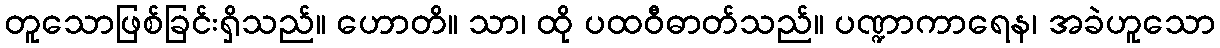
တူသောဖြစ်ခြင်းရှိသည်။ ဟောတိ။ သာ၊ ထို ပထဝီဓာတ်သည်။ ပဏ္ဍာကာရေန၊ အခဲဟူသော